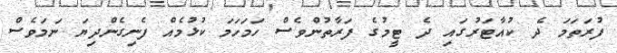
ފުރަތަމަ ދެ ކުއާޓަރުގައި ދެ ޓީމުގެ ފަރާތުންވެސް ހަމަހަމަ ކުޅުމެއް ފެނިގެންދިޔަ ނަމަވެސް